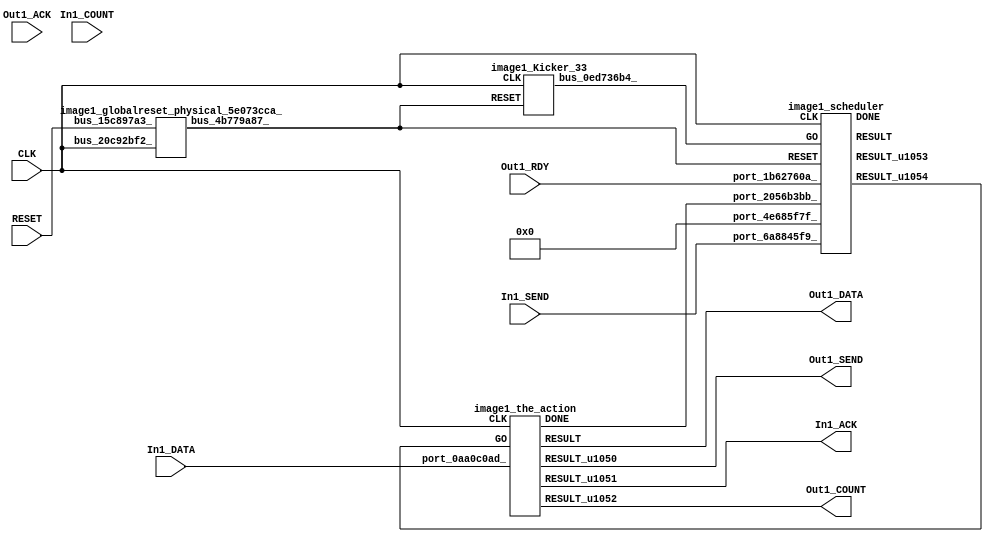
// __  ___ __ ___  _ __   ___  ___ 
// \ \/ / '__/ _ \| '_ \ / _ \/ __|
//  >  <| | | (_) | | | | (_) \__ \
// /_/\_\_|  \___/|_| |_|\___/|___/
// 
// Xronos synthesizer version
// Run date: Thu 2 Nov 2017 13:58:38 +0000
// 

module image1(Out1_ACK, Out1_DATA, Out1_RDY, Out1_SEND, In1_SEND, CLK, In1_DATA, In1_ACK, RESET, Out1_COUNT, In1_COUNT);
input		Out1_ACK;
output	[15:0]	Out1_DATA;
wire		the_action_done;
input		Out1_RDY;
output		Out1_SEND;
input		In1_SEND;
input		CLK;
input	[15:0]	In1_DATA;
output		In1_ACK;
wire		the_action_go;
input		RESET;
output	[15:0]	Out1_COUNT;
input	[15:0]	In1_COUNT;
wire	[31:0]	bus_3a9d297a_;
wire		bus_0ed736b4_;
wire		bus_3fcf34ce_;
wire		bus_4b779a87_;
wire		image1_the_action_instance_DONE;
wire	[15:0]	the_action_u62;
wire		the_action_u61;
wire	[15:0]	the_action;
wire		the_action_u60;
wire	[31:0]	scheduler_u159;
wire		scheduler;
wire		image1_scheduler_instance_DONE;
wire		scheduler_u160;
assign Out1_DATA=the_action;
assign the_action_done=bus_3fcf34ce_;
assign Out1_SEND=the_action_u60;
assign In1_ACK=the_action_u61;
assign the_action_go=scheduler_u160;
assign Out1_COUNT=the_action_u62;
image1_stateVar_fsmState_image1 image1_stateVar_fsmState_image1_1(.bus_2e4324a3_(CLK), 
  .bus_2df521b0_(bus_4b779a87_), .bus_4a760ffb_(scheduler), .bus_79db1a8f_(32'h0), 
  .bus_3a9d297a_(bus_3a9d297a_));
image1_Kicker_33 image1_Kicker_33_1(.CLK(CLK), .RESET(bus_4b779a87_), .bus_0ed736b4_(bus_0ed736b4_));
assign bus_3fcf34ce_=image1_the_action_instance_DONE&{1{image1_the_action_instance_DONE}};
image1_globalreset_physical_5e073cca_ image1_globalreset_physical_5e073cca__1(.bus_20c92bf2_(CLK), 
  .bus_15c897a3_(RESET), .bus_4b779a87_(bus_4b779a87_));
image1_the_action image1_the_action_instance(.CLK(CLK), .GO(the_action_go), .port_0aa0c0ad_(In1_DATA), 
  .DONE(image1_the_action_instance_DONE), .RESULT(the_action), .RESULT_u1050(the_action_u60), 
  .RESULT_u1051(the_action_u61), .RESULT_u1052(the_action_u62));
image1_scheduler image1_scheduler_instance(.CLK(CLK), .RESET(bus_4b779a87_), .GO(bus_0ed736b4_), 
  .port_4e685f7f_(32'h0), .port_2056b3bb_(the_action_done), .port_1b62760a_(Out1_RDY), 
  .port_6a8845f9_(In1_SEND), .DONE(image1_scheduler_instance_DONE), .RESULT(scheduler), 
  .RESULT_u1053(scheduler_u159), .RESULT_u1054(scheduler_u160));
endmodule



module image1_endianswapper_11392ccc_(endianswapper_11392ccc_in, endianswapper_11392ccc_out);
input	[31:0]	endianswapper_11392ccc_in;
output	[31:0]	endianswapper_11392ccc_out;
assign endianswapper_11392ccc_out=32'h0;
endmodule



module image1_endianswapper_2e19d005_(endianswapper_2e19d005_in, endianswapper_2e19d005_out);
input	[31:0]	endianswapper_2e19d005_in;
output	[31:0]	endianswapper_2e19d005_out;
assign endianswapper_2e19d005_out=32'h0;
endmodule



module image1_stateVar_fsmState_image1(bus_2e4324a3_, bus_2df521b0_, bus_4a760ffb_, bus_79db1a8f_, bus_3a9d297a_);
input		bus_2e4324a3_;
input		bus_2df521b0_;
input		bus_4a760ffb_;
input	[31:0]	bus_79db1a8f_;
output	[31:0]	bus_3a9d297a_;
wire	[31:0]	endianswapper_11392ccc_out;
wire	[31:0]	endianswapper_2e19d005_out;
image1_endianswapper_11392ccc_ image1_endianswapper_11392ccc__1(.endianswapper_11392ccc_in(32'h0), 
  .endianswapper_11392ccc_out(endianswapper_11392ccc_out));
image1_endianswapper_2e19d005_ image1_endianswapper_2e19d005__1(.endianswapper_2e19d005_in(32'h0), 
  .endianswapper_2e19d005_out(endianswapper_2e19d005_out));
assign bus_3a9d297a_=32'h0;
endmodule



module image1_Kicker_33(CLK, RESET, bus_0ed736b4_);
input		CLK;
input		RESET;
output		bus_0ed736b4_;
wire		bus_706bda09_;
reg		kicker_2=1'h0;
wire		bus_3c594733_;
wire		bus_2d893feb_;
reg		kicker_res=1'h0;
reg		kicker_1=1'h0;
wire		bus_29296c59_;
assign bus_706bda09_=~kicker_2;
always @(posedge CLK)
begin
kicker_2<=bus_3c594733_;
end
assign bus_3c594733_=bus_29296c59_&kicker_1;
assign bus_2d893feb_=kicker_1&bus_29296c59_&bus_706bda09_;
always @(posedge CLK)
begin
kicker_res<=bus_2d893feb_;
end
assign bus_0ed736b4_=kicker_res;
always @(posedge CLK)
begin
kicker_1<=bus_29296c59_;
end
assign bus_29296c59_=~RESET;
endmodule



module image1_globalreset_physical_5e073cca_(bus_20c92bf2_, bus_15c897a3_, bus_4b779a87_);
input		bus_20c92bf2_;
input		bus_15c897a3_;
output		bus_4b779a87_;
wire		or_186368a1_u0;
wire		and_6ab43430_u0;
wire		not_10dc05ea_u0;
reg		cross_u29=1'h0;
reg		sample_u29=1'h0;
reg		final_u29=1'h1;
reg		glitch_u29=1'h0;
assign bus_4b779a87_=or_186368a1_u0;
assign or_186368a1_u0=bus_15c897a3_|final_u29;
assign and_6ab43430_u0=cross_u29&glitch_u29;
assign not_10dc05ea_u0=~and_6ab43430_u0;
always @(posedge bus_20c92bf2_)
begin
cross_u29<=sample_u29;
end
always @(posedge bus_20c92bf2_)
begin
sample_u29<=1'h1;
end
always @(posedge bus_20c92bf2_)
begin
final_u29<=not_10dc05ea_u0;
end
always @(posedge bus_20c92bf2_)
begin
glitch_u29<=cross_u29;
end
endmodule



module image1_the_action(CLK, GO, port_0aa0c0ad_, RESULT, RESULT_u1050, RESULT_u1051, RESULT_u1052, DONE);
input		CLK;
input		GO;
input	[15:0]	port_0aa0c0ad_;
output	[15:0]	RESULT;
output		RESULT_u1050;
output		RESULT_u1051;
output	[15:0]	RESULT_u1052;
output		DONE;
wire		simplePinWrite;
wire	[15:0]	simplePinWrite_u299;
wire		simplePinWrite_u300;
wire	[15:0]	simplePinWrite_u301;
assign simplePinWrite=GO&{1{GO}};
assign simplePinWrite_u299=16'h1&{16{1'h1}};
assign simplePinWrite_u300=GO&{1{GO}};
assign simplePinWrite_u301=port_0aa0c0ad_;
assign RESULT=simplePinWrite_u301;
assign RESULT_u1050=simplePinWrite_u300;
assign RESULT_u1051=simplePinWrite;
assign RESULT_u1052=simplePinWrite_u299;
assign DONE=GO;
endmodule



module image1_scheduler(CLK, RESET, GO, port_4e685f7f_, port_2056b3bb_, port_1b62760a_, port_6a8845f9_, RESULT, RESULT_u1053, RESULT_u1054, DONE);
input		CLK;
input		RESET;
input		GO;
input	[31:0]	port_4e685f7f_;
input		port_2056b3bb_;
input		port_1b62760a_;
input		port_6a8845f9_;
output		RESULT;
output	[31:0]	RESULT_u1053;
output		RESULT_u1054;
output		DONE;
wire		and_u1708_u0;
reg		and_delayed_u116=1'h0;
wire signed	[31:0]	equals_b_signed;
wire		equals;
wire signed	[31:0]	equals_a_signed;
wire		not_u333_u0;
wire		and_u1709_u0;
wire		and_u1710_u0;
wire		not_u334_u0;
wire		and_u1711_u0;
wire		and_u1712_u0;
wire		not_u335_u0;
wire		and_u1713_u0;
wire		and_u1714_u0;
wire		simplePinWrite;
wire		and_u1715_u0;
wire		and_u1716_u0;
wire		and_u1717_u0;
wire		or_u471_u0;
reg		reg_78ae2da3_u0=1'h0;
wire		or_u472_u0;
reg		reg_78ae2da3_result_delayed_u0=1'h0;
assign and_u1708_u0=or_u471_u0&or_u471_u0;
always @(posedge CLK or posedge RESET)
begin
if (RESET)
and_delayed_u116<=1'h0;
else and_delayed_u116<=and_u1708_u0;
end
assign equals_a_signed=32'h0;
assign equals_b_signed=32'h0;
assign equals=equals_a_signed==equals_b_signed;
assign not_u333_u0=~equals;
assign and_u1709_u0=and_u1708_u0&not_u333_u0;
assign and_u1710_u0=and_u1708_u0&equals;
assign not_u334_u0=~port_6a8845f9_;
assign and_u1711_u0=and_u1717_u0&not_u334_u0;
assign and_u1712_u0=and_u1717_u0&port_6a8845f9_;
assign not_u335_u0=~port_1b62760a_;
assign and_u1713_u0=and_u1716_u0&not_u335_u0;
assign and_u1714_u0=and_u1716_u0&port_1b62760a_;
assign simplePinWrite=and_u1715_u0&{1{and_u1715_u0}};
assign and_u1715_u0=and_u1714_u0&and_u1716_u0;
assign and_u1716_u0=and_u1712_u0&and_u1717_u0;
assign and_u1717_u0=and_u1710_u0&and_u1708_u0;
assign or_u471_u0=and_delayed_u116|reg_78ae2da3_result_delayed_u0;
always @(posedge CLK or posedge RESET)
begin
if (RESET)
reg_78ae2da3_u0<=1'h0;
else reg_78ae2da3_u0<=GO;
end
assign or_u472_u0=GO|and_u1715_u0;
always @(posedge CLK or posedge RESET)
begin
if (RESET)
reg_78ae2da3_result_delayed_u0<=1'h0;
else reg_78ae2da3_result_delayed_u0<=reg_78ae2da3_u0;
end
assign RESULT=or_u472_u0;
assign RESULT_u1053=32'h0;
assign RESULT_u1054=simplePinWrite;
assign DONE=1'h0;
endmodule